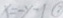
x = - y - 1 \textcircled { 2 }